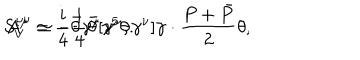
S _ { V } ^ { \mu \nu } \simeq - \frac { i } { 4 } \bar { \theta } [ \gamma ^ { \mu } , \gamma ^ { \nu } ] \gamma \cdot \frac { P + \bar { P } } { 2 } \theta , \hspace { 3 m m } A ^ { \mu } = \frac { i } { 4 } \bar { \theta } \gamma ^ { \mu } \gamma ^ { 5 } \theta .